Senior Leaving Certificate Examination (including Day School Certificate (Higher) General paper), 1948
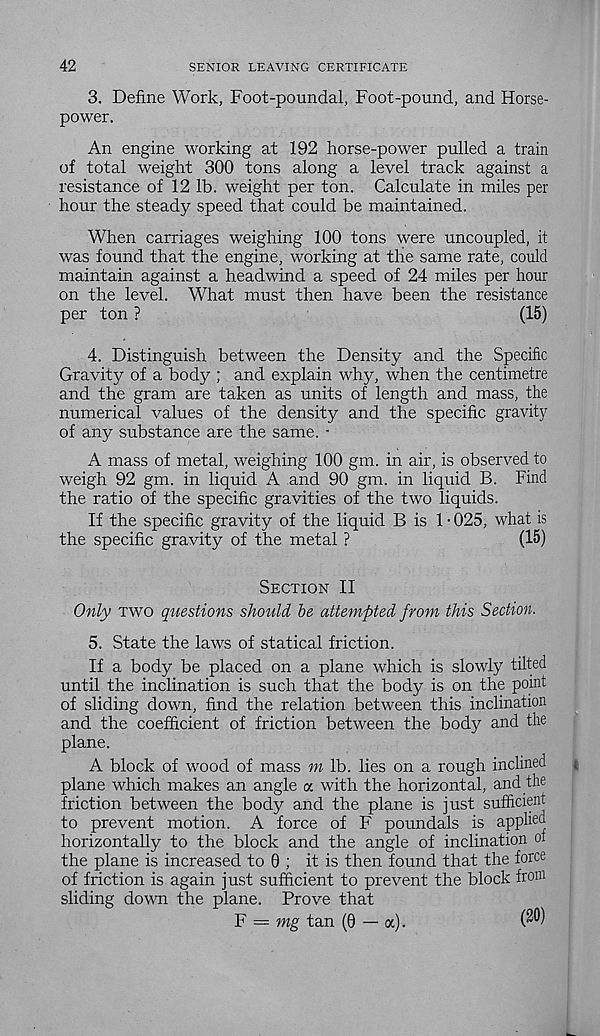
42
SENIOR LEAVING CERTIFICATE
3. Define Work, Foot-poundal, Foot-pound, and Horse-
power.
An engine working at 192 horse-power pulled a train
of total weight 300 tons along a level track against a
resistance of 12 lb. weight per ton. Calculate in miles per
hour the steady speed that could be maintained.
When carriages weighing 100 tons were uncoupled, it
was found that the engine, working at the same rate, could
maintain against a headwind a speed of 24 miles per hour
on the level. What must then have been the resistance
per ton ?
(15)
4. Distinguish between the Density and the Specific
Gravity of a body ; and explain why, when the centimetre
and the gram are taken as units of length and mass, the
numerical values of the density and the specific gravity
of any substance are the same. •
A mass of metal, weighing 100 gm. in air, is observed to
weigh 92 gm. in liquid A and 90 gm. in liquid B. Find
the ratio of the specific gravities of the two liquids.
If the specific gravity of the liquid B is 1 • 025, what is
the specific gravity of the metal ?
(15)
Section II
Only two questions should be attempted from this Section.
5. State the laws of statical friction.
If a body be placed on a plane which is slowly tilted
until the inclination is such that the body is on the point
of sliding down, find the relation between this inclination
and the coefficient of friction between the body and the
plane.
A block of wood of mass m lb. lies on a rough inclined
plane which makes an angle a with the horizontal, and the
friction between the body and the plane is just sufficient
to prevent motion. A force of F poundals is applied
horizontally to the block and the angle of inclination oi
the plane is increased to 0 ; it is then found that the force
of friction is again just sufficient to prevent the block from
sliding down the plane. Prove that
F = mg tan (0 — a).
(^)